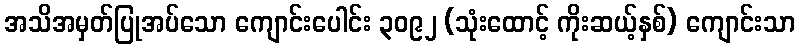
အသိအမှတ်ပြုအပ်သော ကျောင်းပေါင်း ၃၀၉၂ (သုံးထောင့် ကိုးဆယ့်နှစ်) ကျောင်းသာ